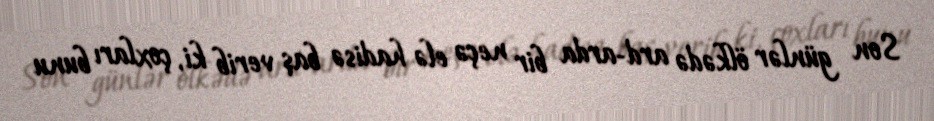
Son günlər ölkədə ard-arda bir neçə elə hadisə baş verib ki, çoxları bunu